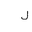
Letter: _lam